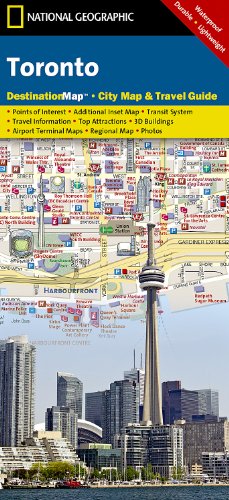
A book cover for Toronto (National Geographic Destination City Map); National Geographic Maps; Travel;